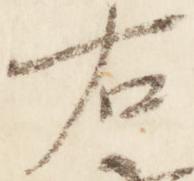
右